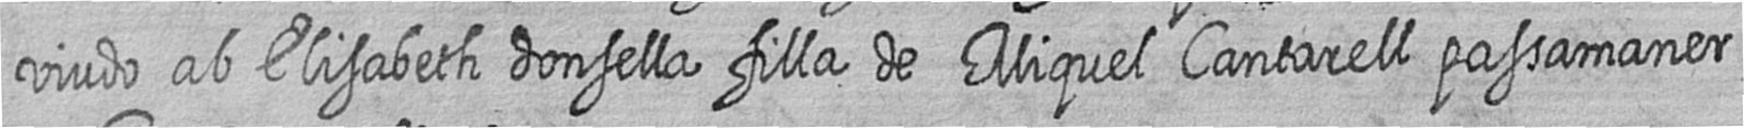
viudo ab Elisabeth donsella filla de Miquel Cantarell passamaner